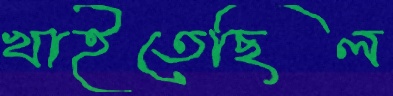
খাইতেছিল